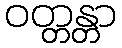
ဝတ္တန္တာ